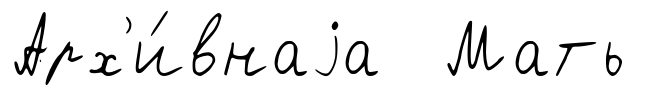
Арх'и́внаjа Мать